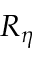
R _ { \eta }